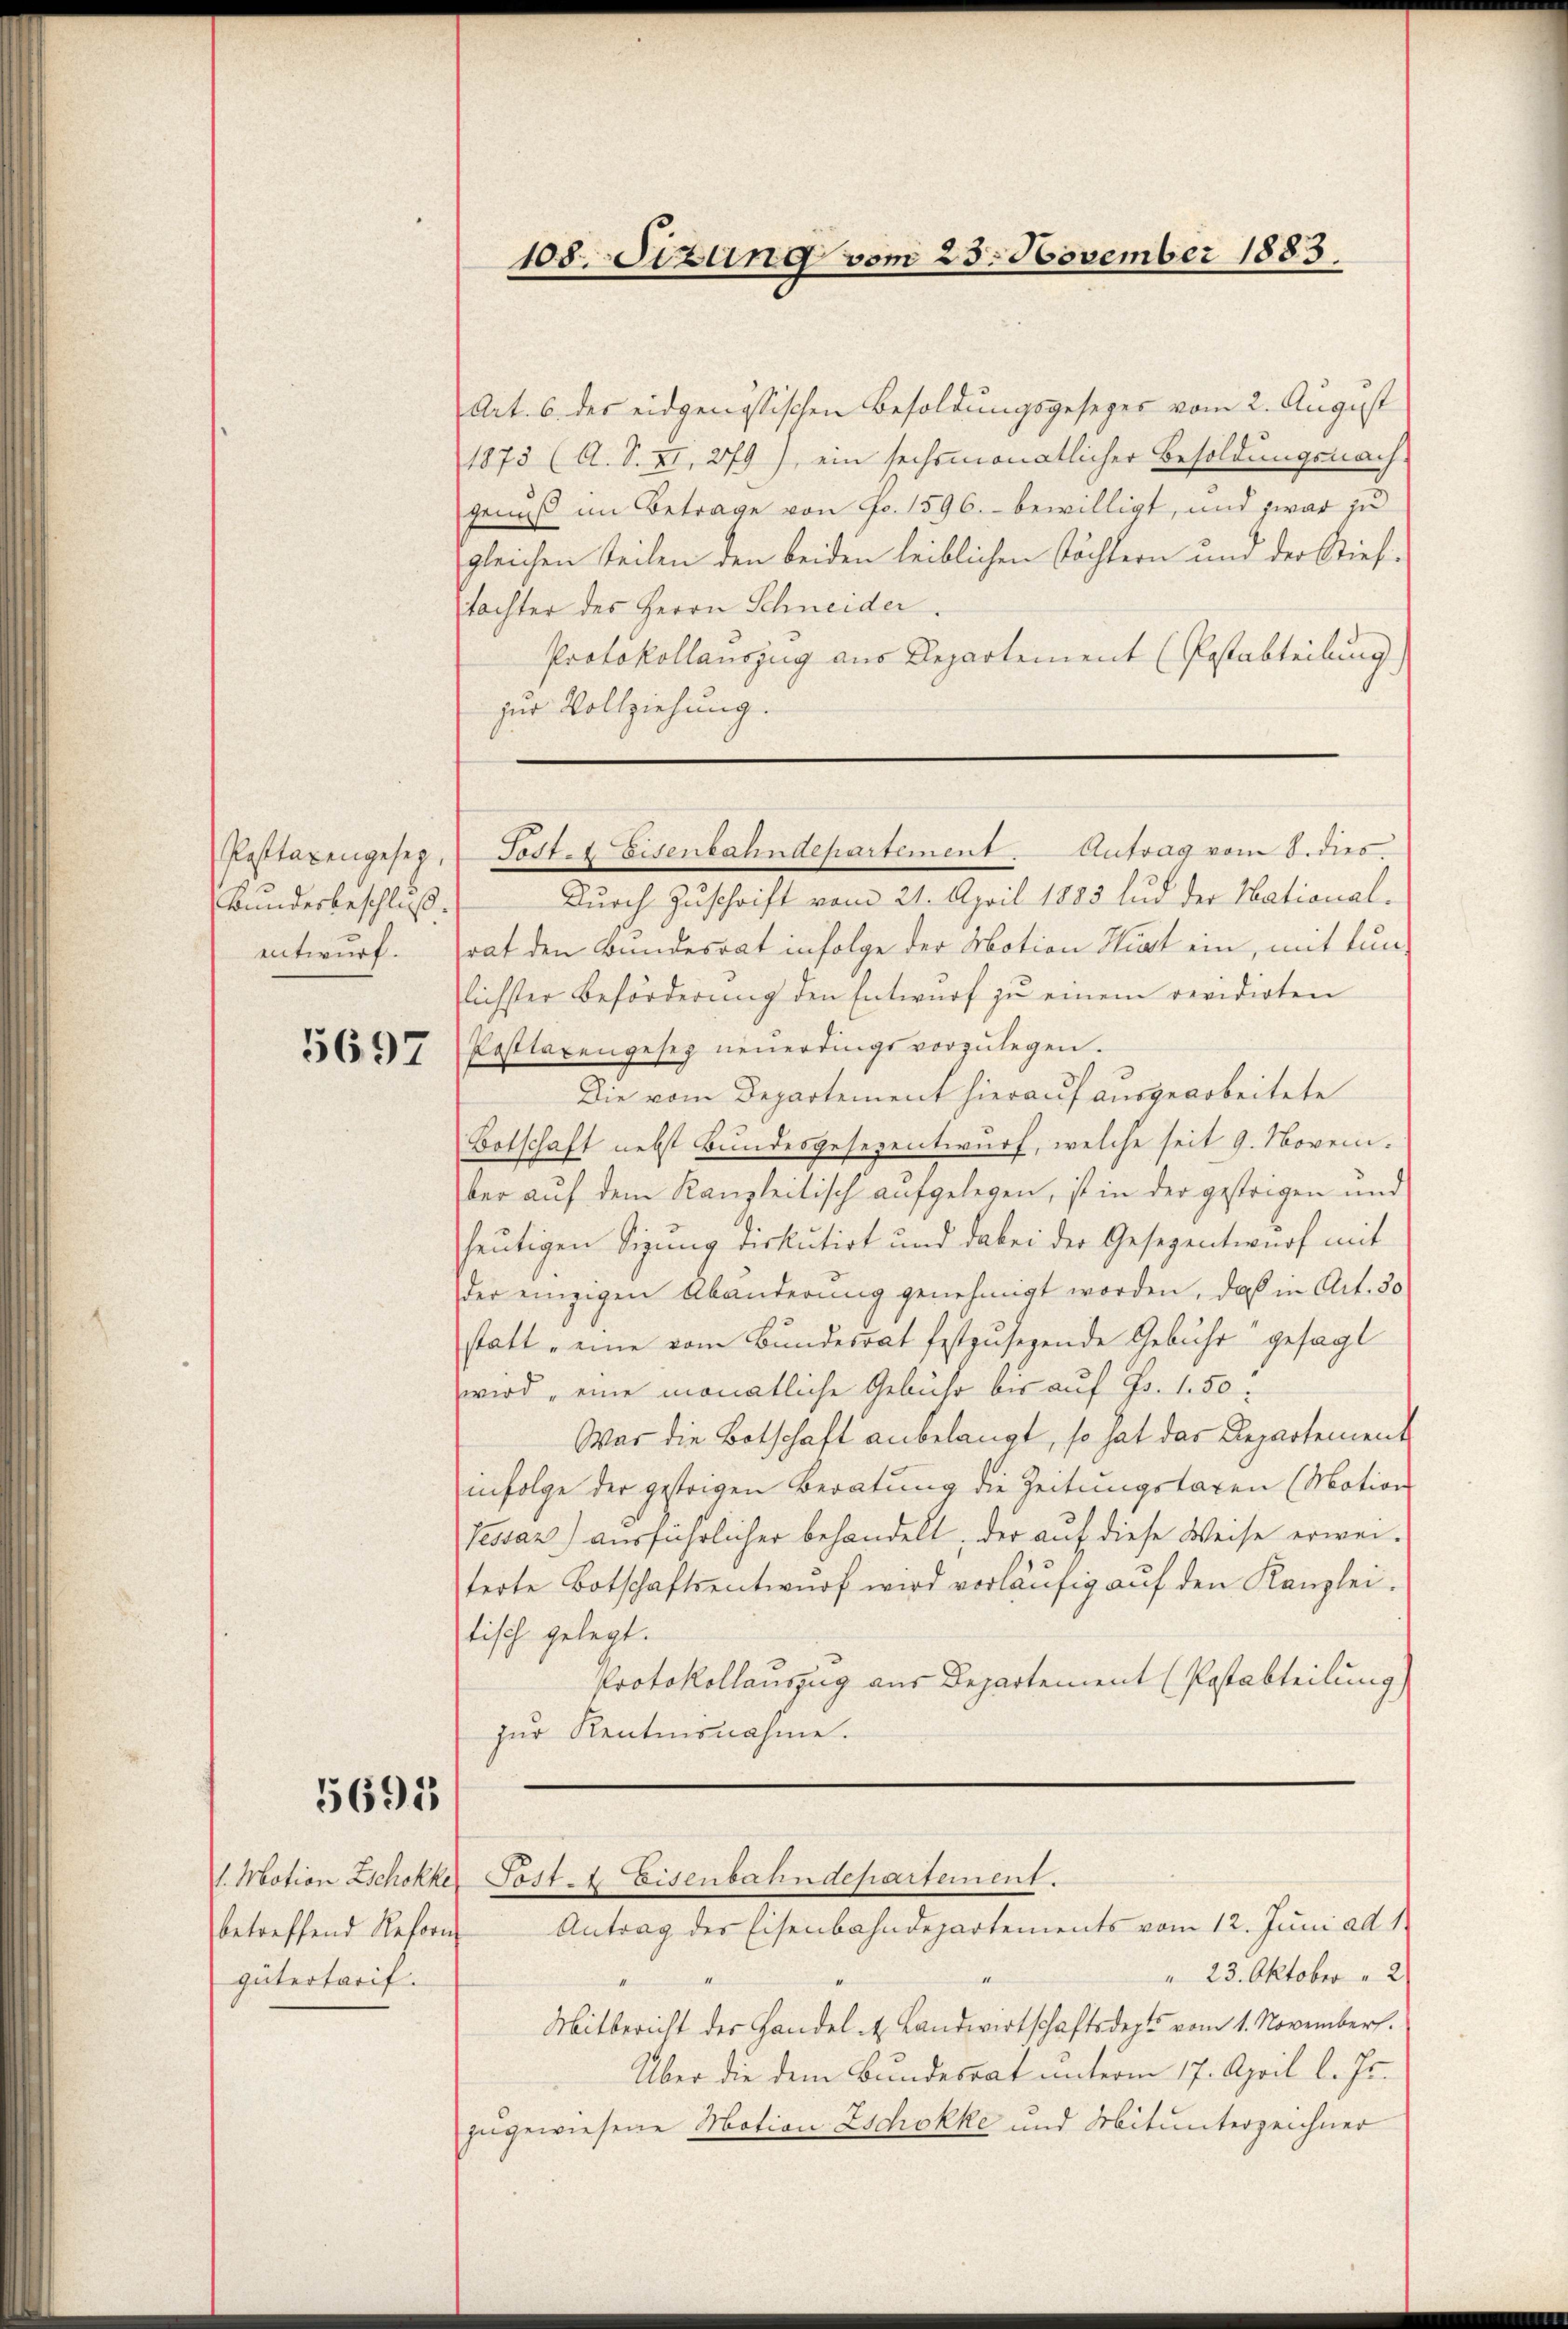
Posttaxengesetz,
Bundesbeschluß.
entwurf.

5697

5695

betreffend Reforn
gütertarif.

108. Sizung vom 25. November 1883.

Art. 6 des eidgenössischen Besoldungsgesezes vom 2. August
1875 (A. S. II., 279), ein sechsmonatlicher Besoldungsnach.
genuß im Betrage von Fr. 1596. bewilligt, und zwar zu
gleichen teilen den beiden leiblichen Töchtern und der Stieftachter des Herrn Schneider.
Protokollauszug aus Departement (Postabteilung)
zur Vollziehung.
Durch Zuschrift vom 21. April 1883 lud der Nationalrat den Bundesrat infolge der Motion Hirt ein, mit tunlichster Beförderung den Entwurf zu einem revidirten
Posttaxengesez neuerdings vorzulegen.
Die vom Departement hierauf ausgearbeitete
Botschaft nebst Bundesgesezentwurf, welche seit 9. November auf dem Kanzleitisch aufgelegen, ist in der gestrigen und
heutigen Sitzung diskutirt und dabei der Gesezentwurf mit
der einzigen Abänderung genehmigt worden, daß in Art. 30
statt „eine vom Bundesrat festzusehende Gebühr“ gesagt
wird eine monatliche Gebühr bis auf Fr. 1.50:
War die Botschaft anbelangt, so hat das Departement
infolge der gestrigen Beratung die Zeitungstaxen (Motion
Lessar) ausführlicher behandelt, der auf diese Weise erwei-
terte Botschaftsentwŭrf wird vorläŭfig aŭf den Kanzlei-
tisch gelegt.
Protokollauszug aus Departement (Postabteilung)
zur Kentensnahme.
1. Motion Zschokke Post 4 Eisenbahndepartement.
Antrag des Eisenbahndepartements vom 12. Juni ad 1.
" 23. Oktober 2
11
11
Mitbericht der Handel . Landwirtschaftsdept vom 1. November.
Über die dem Bundesrat unterm 17. April l. Js.
zugewiesene Motion Zschokke und Mitunterzeichner

Festel Eisenbahndepartement. Antrag vom 8. dies